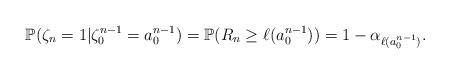
LaTeX: \begin{align*}\mathbb{P}(\zeta_{n}=1|\zeta_{0}^{n-1}=a_{0}^{n-1})&=\mathbb{P}(R_{n}\ge\ell(a_{0}^{n-1}))=1-\alpha_{\ell(a_{0}^{n-1})}.\end{align*}